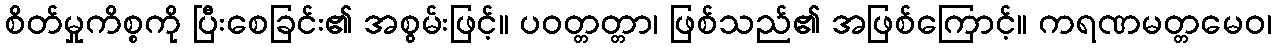
စိတ်မှုကိစ္စကို ပြီးစေခြင်း၏ အစွမ်းဖြင့်။ ပဝတ္တတ္တာ၊ ဖြစ်သည်၏ အဖြစ်ကြောင့်။ ကရဏမတ္တမေဝ၊